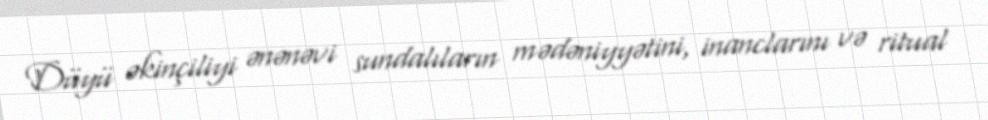
Düyü əkinçiliyi ənənəvi sundalıların mədəniyyətini, inanclarını və ritual